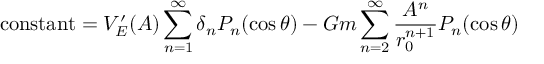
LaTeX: { \mathrm { c o n s t a n t } } = V _ { E } ^ { \prime } ( A ) \sum _ { n = 1 } ^ { \infty } \delta _ { n } P _ { n } ( \cos \theta ) - G m \sum _ { n = 2 } ^ { \infty } { \frac { A ^ { n } } { r _ { 0 } ^ { n + 1 } } } P _ { n } ( \cos \theta )